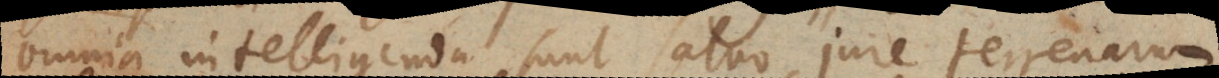
omnia intelligenda sunt salvo jure terrenarum